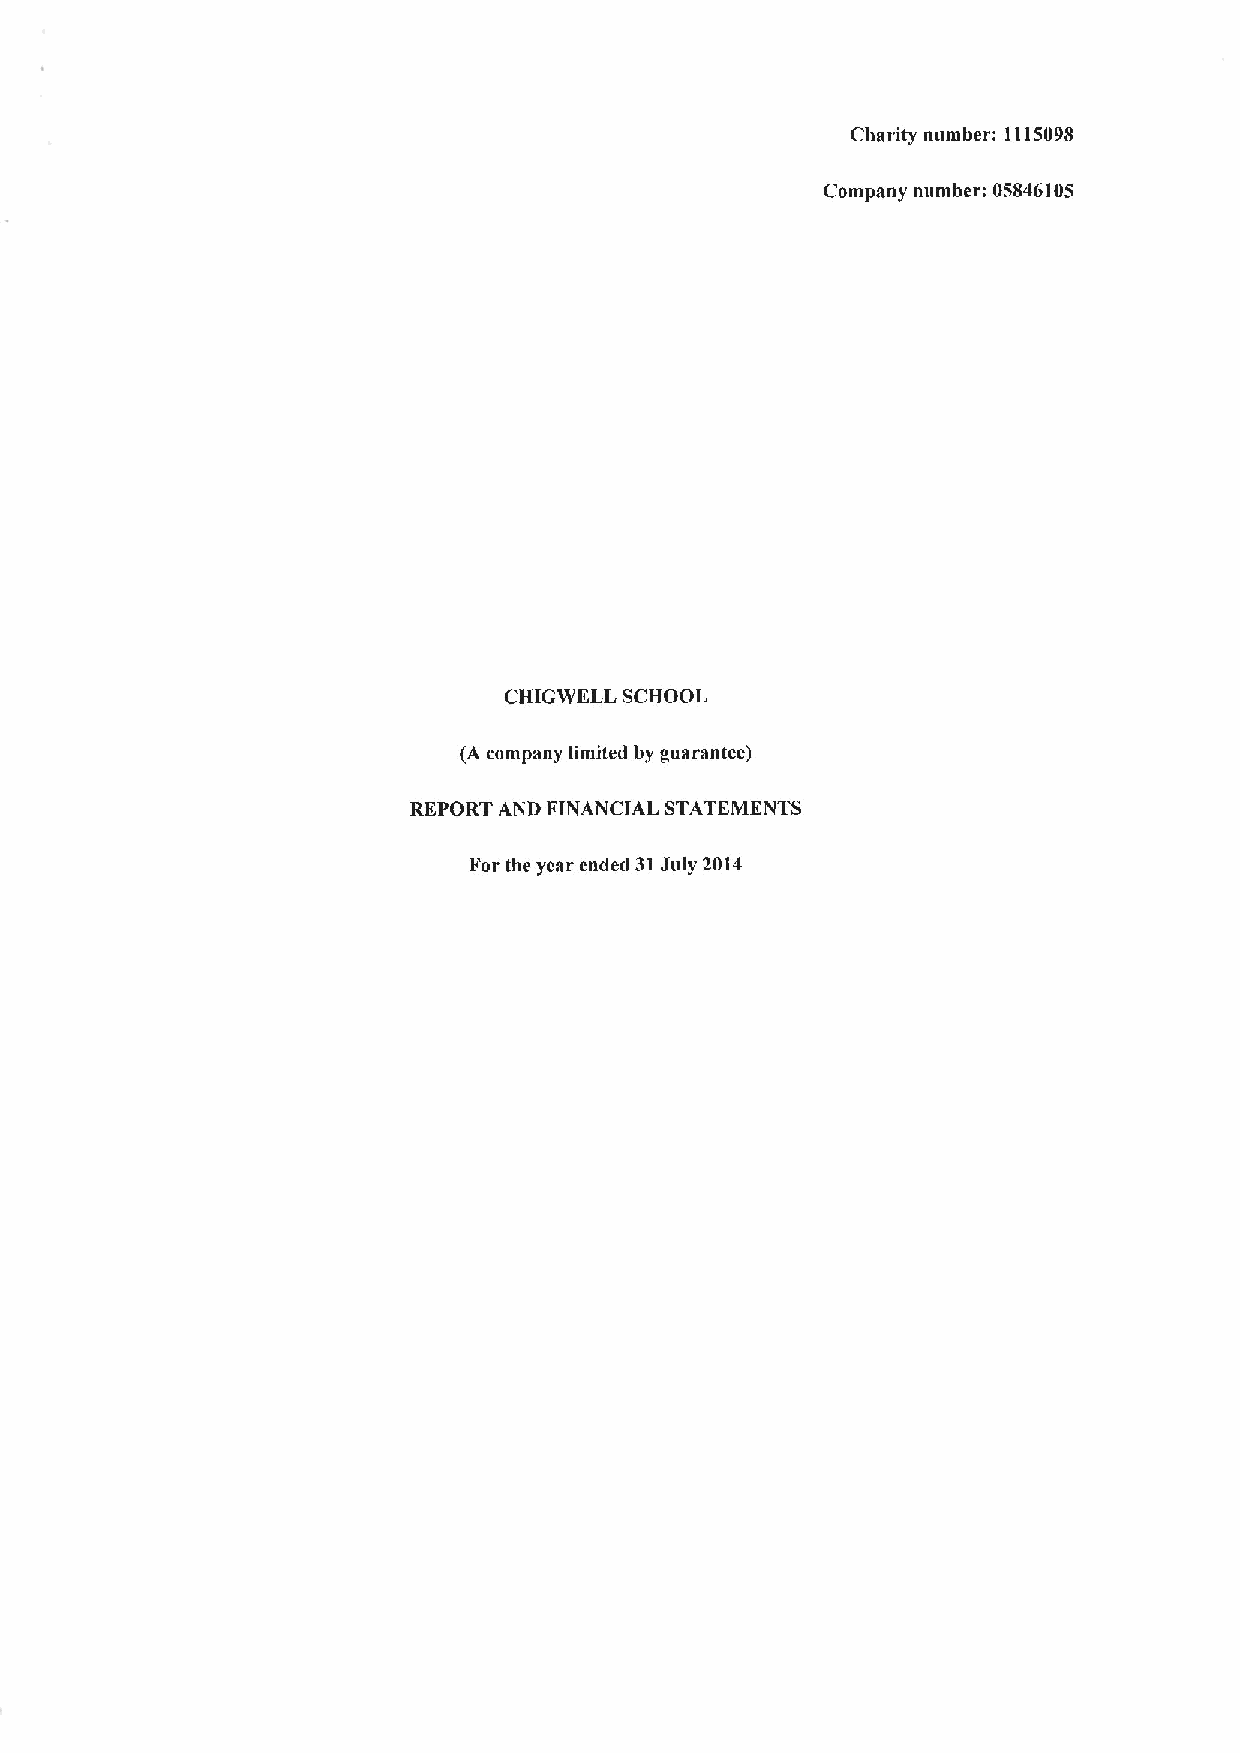
Charity number: 1115098
 Company number: 05846105
 CHIGWELL SCHOOL
 (A company limited by guarantee)
 REPORT AND FTNANCJAL STATEMENTS
 1'or the year ended 31July 2014